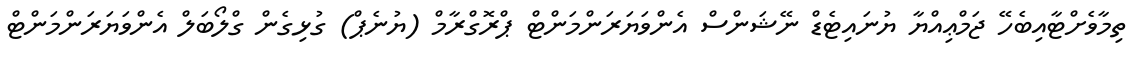
ތިމާވެށްޓާއިބެހޭ ޖަމްޢިއްޔާ ޔުނައިޓެޑް ނޭޝަންސް އެންވަޔަރަންމަންޓް ޕްރޮގްރާމް (ޔުނެޕް) ގުޅިގެން ގްލޯބަލް އެންވަޔަރަންމަންޓް